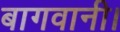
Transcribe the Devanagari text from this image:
बागवानी।